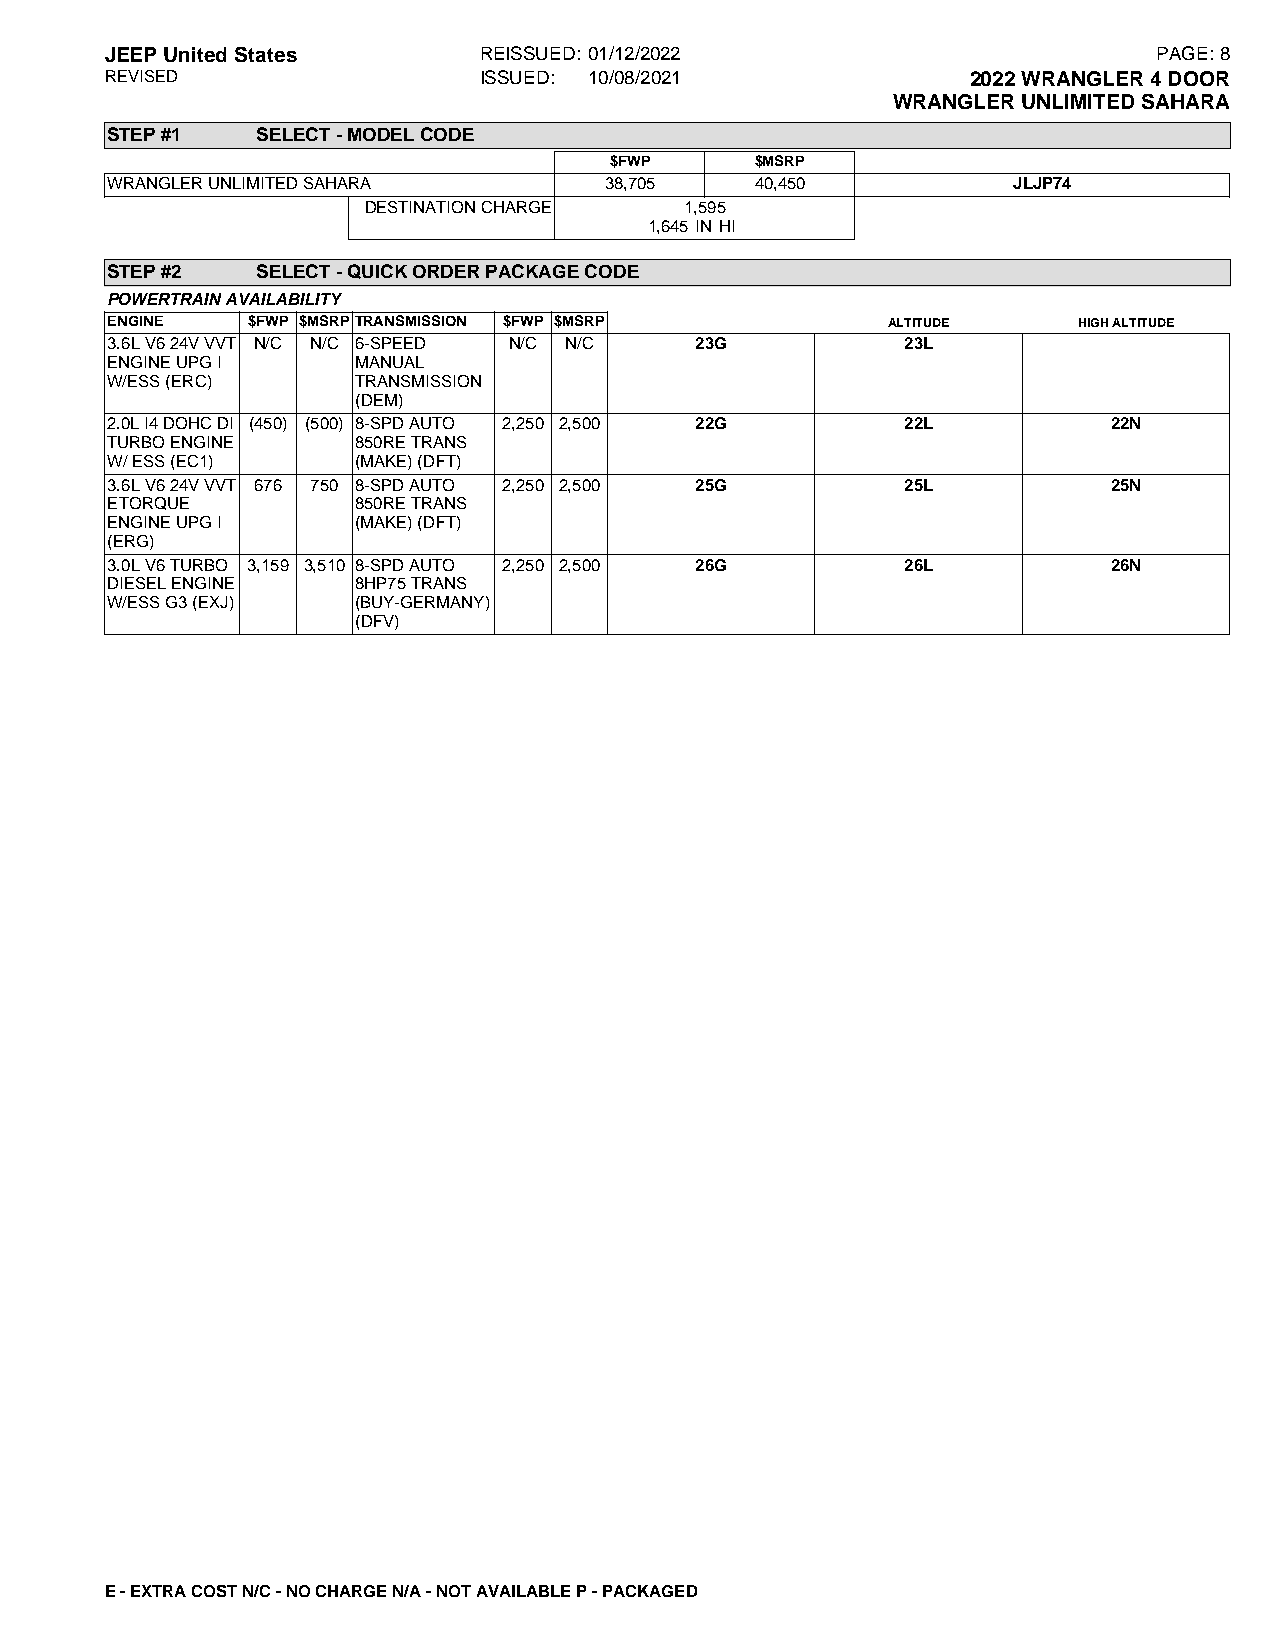
JEEPUnitedStates         REISSUED: 01/12/2022                         PAGE:8
 REVISED                  ISSUED: 10/08/2021              2022WRANGLER4DOOR
 WRANGLERUNLIMITEDSAHARA
 STEP#1    SELECT-MODELCODE
 $FWP      $MSRP
 WRANGLERUNLIMITEDSAHARA          38,705    40,450           JLJP74
 DESTINATIONCHARGE    1,595
 1,645 IN HI
 STEP#2    SELECT-QUICKORDERPACKAGECODE
 POWERTRAINAVAILABILITY
 ENGINE   $FWP $MSRPTRANSMISSION $FWP $MSRP          ALTITUDE    HIGHALTITUDE
 3.6LV624VVVT N/C N/C 6-SPEED N/C N/C   23G           23L
 ENGINEUPGI       MANUAL
 W/ESS(ERC)       TRANSMISSION
 (DEM)
 2.0LI4DOHCDI (450) (500) 8-SPDAUTO 2,250 2,500 22G   22L           22N
 TURBOENGINE      850RETRANS
 W/ESS(EC1)       (MAKE)(DFT)
 3.6LV624VVVT 676 750 8-SPDAUTO 2,250 2,500 25G       25L           25N
 ETORQUE          850RETRANS
 ENGINEUPGI       (MAKE)(DFT)
 (ERG)
 3.0LV6TURBO 3,159 3,510 8-SPDAUTO 2,250 2,500 26G    26L           26N
 DIESELENGINE     8HP75TRANS
 W/ESSG3(EXJ)     (BUY-GERMANY)
 (DFV)
 E-EXTRACOSTN/C-NOCHARGEN/A-NOTAVAILABLEP-PACKAGED